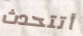
أتتحدث